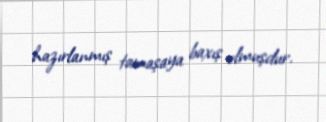
hazırlanmış tamaşaya baxış olmuşdur.